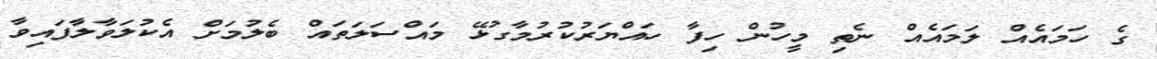
ގެ ހަމައެއް ލަމައެއް ނެތި މީހުން ހިފާ ހައްޔަރުކުރުމާގުޅޭ މައްސަލަތައް ބެލުމަށް އެކުލަވާލާފައިވާ